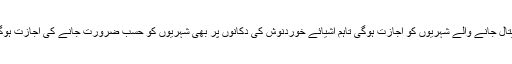
ہسپتال جانے والے شہریوں کو اجازت ہوگی تاہم اشیائے خوردنوش کی دکانوں پر بھی شہریوں کو حسبِ ضرورت جانے کی اجازت ہوگی۔